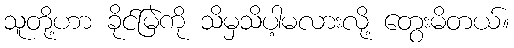
သူတို့ဟာ ခိုင်မြဲကို သိမှသိပါ့မလားလို့ တွေးမိတယ်။